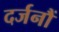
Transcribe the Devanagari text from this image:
दर्जनौं